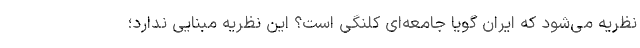
نظریه می‌شود که ایران گویا جامعه‌ای کلنگی است؟ این نظریه مبنایی ندارد؛